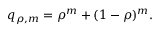
\begin{array} { r } { q _ { \rho , m } = \rho ^ { m } + ( 1 - \rho ) ^ { m } . } \end{array}